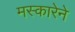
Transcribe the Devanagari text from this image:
मस्कारेने